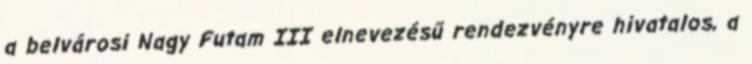
a belvárosi Nagy Futam III elnevezésű rendezvényre hivatalos, a